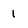
Character: 1